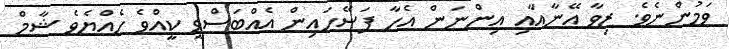
ވަމުންނެވެ. ޒިވާ އޭނާއާއި އިންނަން އެހާ ފަސޭހައިން އެއްބަސްވީ ކީއްވެ ހެއްޔެވެ ޝާމް